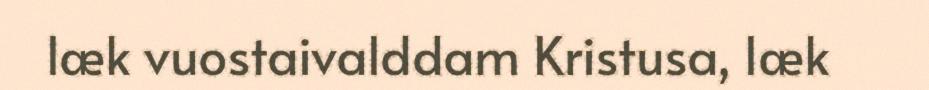
læk vuostaivalddam Kristusa, læk